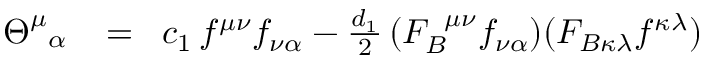
\begin{array} { r l r } { \Theta _ { \; \; \, \alpha } ^ { \mu } \! } & { { } = } & { \! c _ { 1 } \, f ^ { \mu \nu } f _ { \nu \alpha } - \frac { d _ { 1 } } { 2 } \, ( F _ { B } ^ { \; \, \, \mu \nu } f _ { \nu \alpha } ) ( F _ { B \kappa \lambda } f ^ { \kappa \lambda } ) } \end{array}